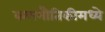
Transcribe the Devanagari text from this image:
कणभौतिकीमध्ये